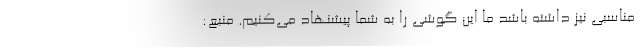
مناسبی نیز داشته باشد ما این گوشی را به شما پیشنهاد می‌کنیم. منبع: